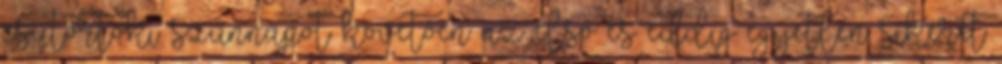
csütörtöki szünnapot követően az első és eddig egyetlen sikerét